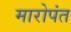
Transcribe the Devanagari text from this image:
मारोपंत